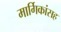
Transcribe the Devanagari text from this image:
मार्गिकांसह